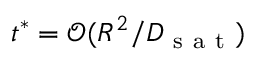
t ^ { * } = \mathcal { O } ( R ^ { 2 } / D _ { \mathrm { ~ s ~ a ~ t ~ } } )